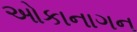
ઓકાનાગન